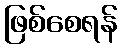
ဖြစ်စေရန်